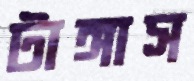
টাঙ্গাস